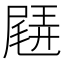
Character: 𡳊